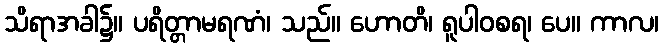
သိရာအခါ၌။ ပရိတ္တာမရဏံ၊ သည်။ ဟောတိ၊ ရူပါဝစရ၊ ပေ။ ကာလ၊